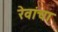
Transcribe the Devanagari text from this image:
रेवांचा